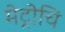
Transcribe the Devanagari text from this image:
मेट्रोचि